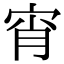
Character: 宵